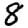
Digit: 8